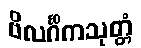
ဗိလင်္ဂိကသုတ္တံ